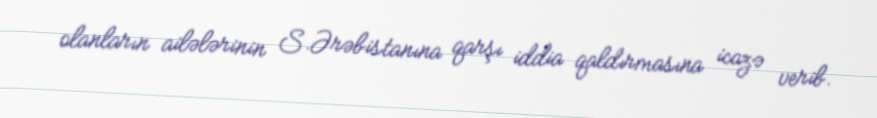
olanların ailələrinin S.Ərəbistanına qarşı iddia qaldırmasına icazə verib.